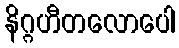
နိဂ္ဂဟီတလောပေါ